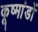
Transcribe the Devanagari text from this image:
कूष्मांडों